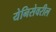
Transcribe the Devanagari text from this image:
येनिसेवरील